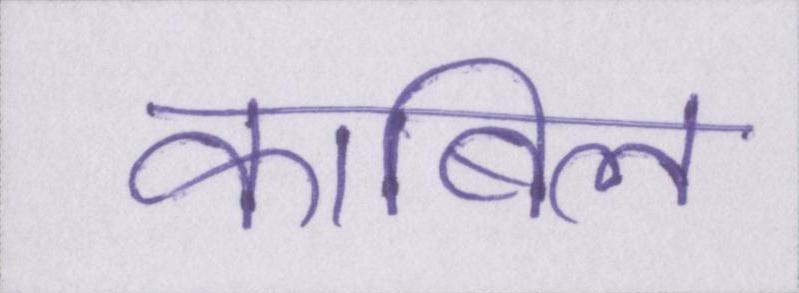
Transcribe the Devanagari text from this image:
काबिल